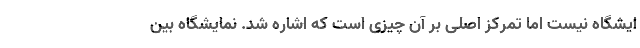
ایشگاه نیست اما تمرکز اصلی بر آن چیزی است که اشاره شد. نمایشگاه بین